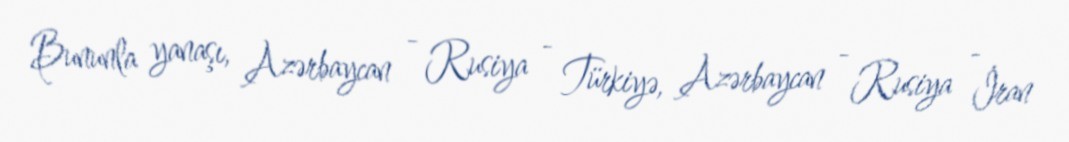
Bununla yanaşı, Azərbaycan - Rusiya - Türkiyə, Azərbaycan - Rusiya - İran